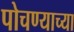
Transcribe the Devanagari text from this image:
पोचण्याच्या